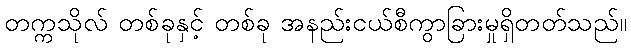
တက္ကသိုလ် တစ်ခုနှင့် တစ်ခု အနည်းငယ်စီကွာခြားမှုရှိတတ်သည်။